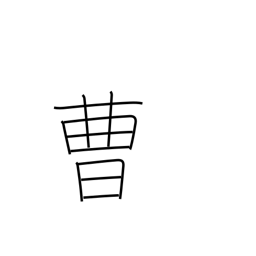
Meaning: office